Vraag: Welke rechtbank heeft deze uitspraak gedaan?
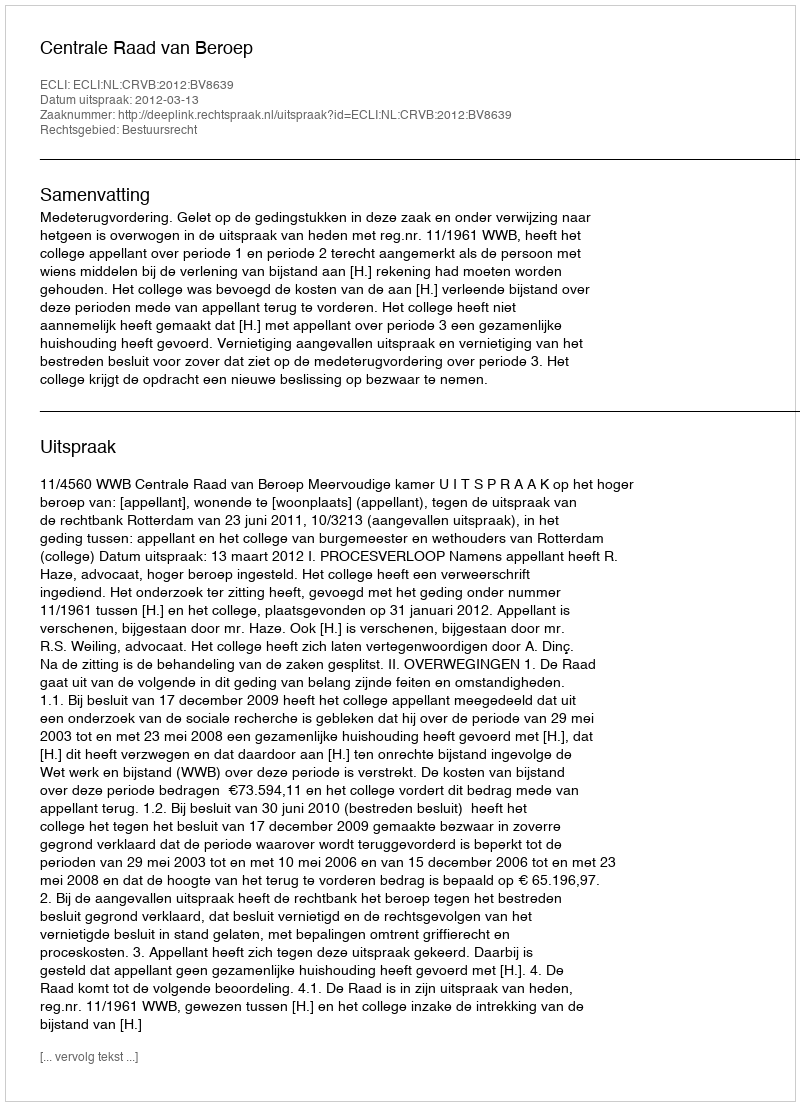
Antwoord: Centrale Raad van Beroep